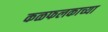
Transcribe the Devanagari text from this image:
कळफलकाच्या